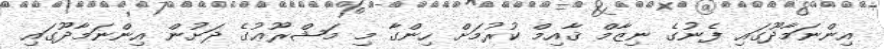
އިންނަމާދޫގައި ފެނުގެ ނިޒާމް ޤާއިމް ކުރުމަށް ހިންގާ މި މަޝްރޫޢުގެ ދަށުން އިންނަމާދޫގައި